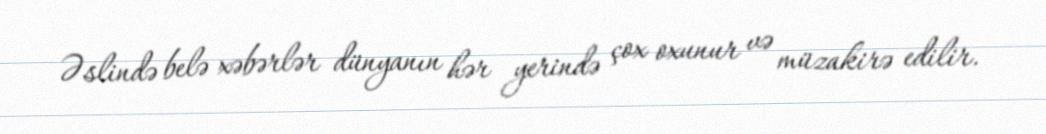
Əslində belə xəbərlər dünyanın hər yerində çox oxunur və müzakirə edilir.